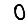
Digit: 0